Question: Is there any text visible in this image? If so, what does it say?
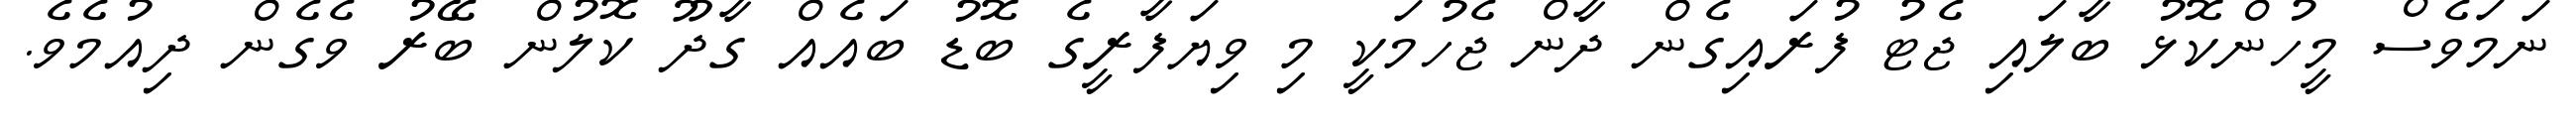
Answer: ނަމަވެސް މީހުންކޮޅު ބާލައި ޖެޓު ފުރައިގެން ދާން ޖެހުމަކީ މި ވިޔަފާރީގެ ބޮޑު ބައެއް ގާދޫ ކޮލުން ބޭރު ވެގެން ދިއުމެވެ.